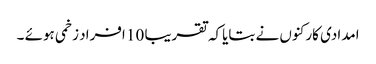
امدادی کارکنوں نے بتایاکہ تقریبا 10 افراد زخمی ہوئے ۔